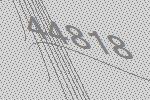
44818